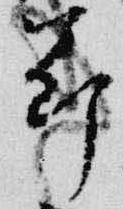
節